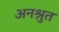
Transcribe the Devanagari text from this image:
अनश्रुत